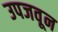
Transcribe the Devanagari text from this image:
उपजवून